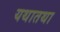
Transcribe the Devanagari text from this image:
यथातथा